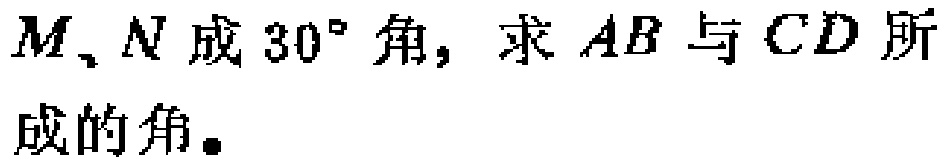
$M、N$成$30^{\circ}$角，求$AB$与$CD$所成的角。